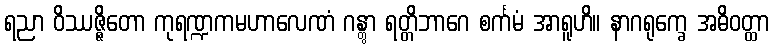
ရညာ ဝိဿဇ္ဇိတော ကုရဏ္ဍကမဟာလေဏံ ဂန္တွာ ရတ္တိဘာဂေ စင်္ကမံ အာရူဟိ။ နာဂရုက္ခေ အဓိဝတ္ထာ